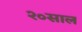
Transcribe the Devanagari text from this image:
२०साल